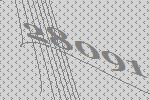
28091